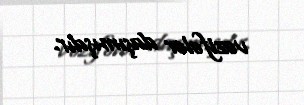
vəzifələr daşımışdır.